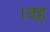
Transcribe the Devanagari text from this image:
।वह